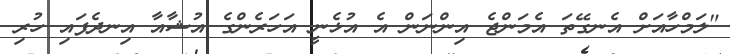
"ލަމްހާއަށް އެނގޭތަ އެމަންޖެ އިންނަން އެ އުޅެނީ އަހަރެންގެ އުޝާއާ އިނދެފައި ހުރި